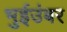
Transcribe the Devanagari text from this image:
भुईउंबर